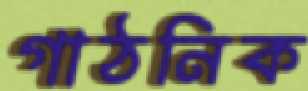
গাঠনিক